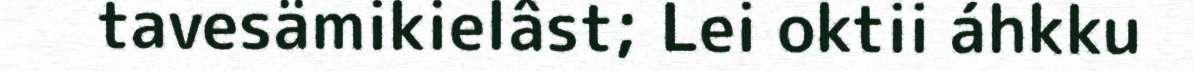
tavesämikielâst; Lei oktii áhkku